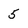
Character: 5